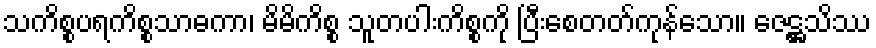
သကိစ္စပရကိစ္စသာဓကာ၊ မိမိကိစ္စ သူတပါးကိစ္စကို ပြီးစေတတ်ကုန်သော။ ဇေဋ္ဌသိဿ